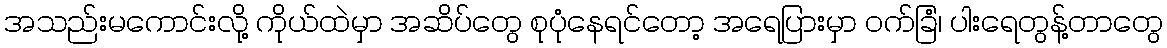
အသည်းမကောင်းလို့ ကိုယ်ထဲမှာ အဆိပ်တွေ စုပုံနေရင်တော့ အရေပြားမှာ ဝက်ခြံ၊ ပါးရေတွန့်တာတွေ